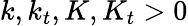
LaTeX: k,k_{t},K,K_{t}>0